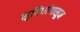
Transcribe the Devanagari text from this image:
सुविधांपासून